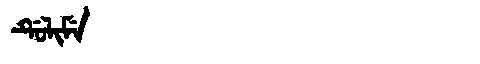
Manchu: ᡩᡠᠯᡳᠮᡝ
Romanization: DULIME